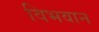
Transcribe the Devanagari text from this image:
विभवान